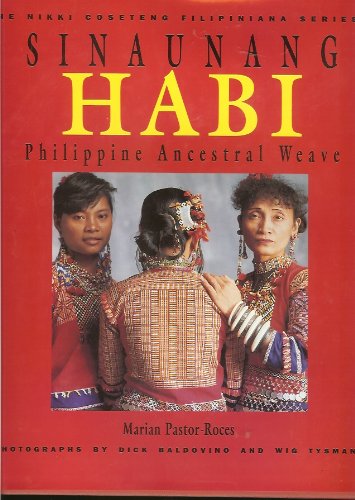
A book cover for Sinaunang Habi: Philippine Ancestral Weave (The Nikki Coseteng Filipiniana Series 1); Marian Pastor-Roces; History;